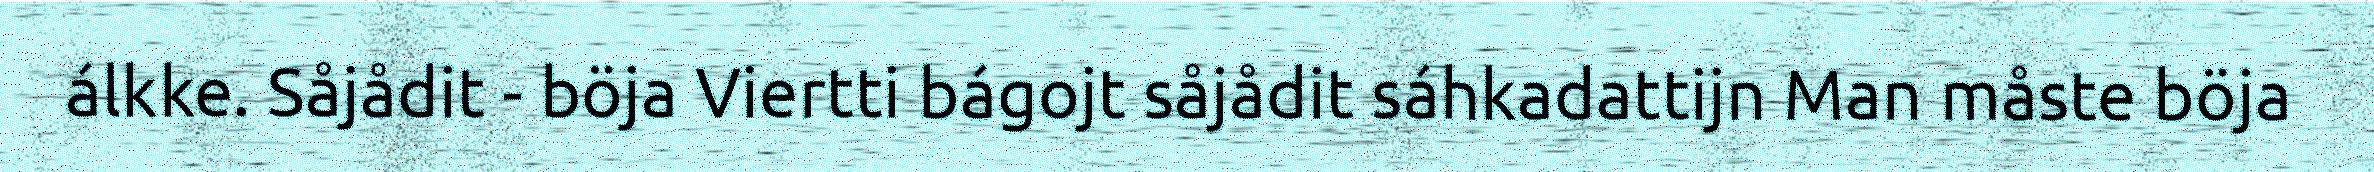
álkke. Såjådit - böja Viertti bágojt såjådit sáhkadattijn Man måste böja